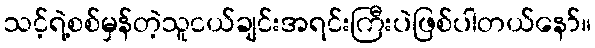
သင့်ရဲ့စစ်မှန်တဲ့သူငယ်ချင်းအရင်းကြီးပဲဖြစ်ပါတယ်နော်။